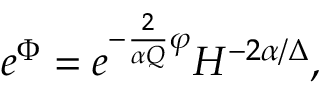
e ^ { \Phi } = e ^ { - \frac { 2 } { \alpha Q } \varphi } H ^ { - 2 \alpha / \Delta } ,